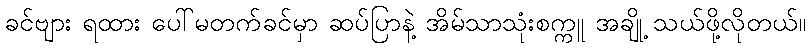
ခင်ဗျား ရထား ပေါ်မတက်ခင်မှာ ဆပ်ပြာနဲ့ အိမ်သာသုံးစက္ကူ အချို့ သယ်ဖို့လိုတယ်။